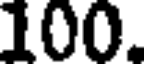
100.